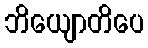
ဘိယျောတိပေ